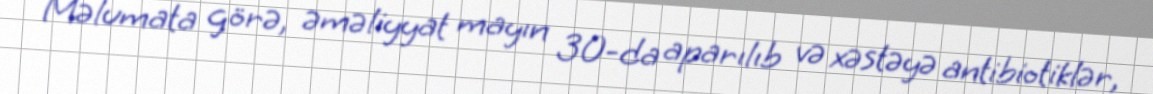
Məlumata görə, əməliyyat mayın 30-da aparılıb və xəstəyə antibiotiklər,